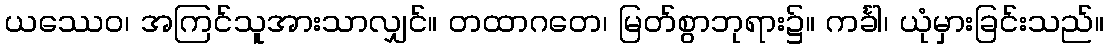
ယဿေဝ၊ အကြင်သူအားသာလျှင်။ တထာဂတေ၊ မြတ်စွာဘုရား၌။ ကင်္ခါ၊ ယုံမှားခြင်းသည်။